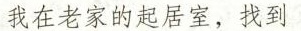
我在老家的起居室，找到